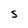
Character: S